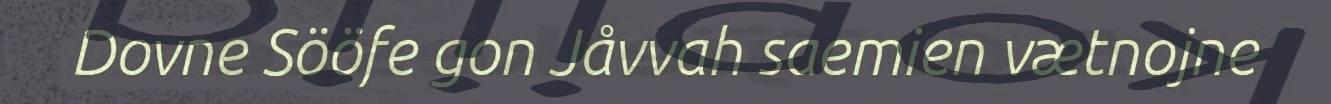
Dovne Sööfe gon Jåvvah saemien vætnojne